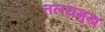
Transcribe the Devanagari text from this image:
तलयमुख